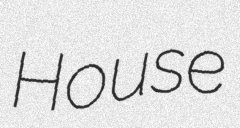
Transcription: House